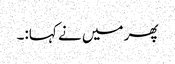
پھر میں نے کہا:۔